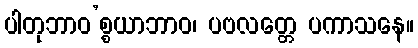
ပါတုဘာဝ’စ္စယာဘာဝ၊ ပဗလတ္တေ ပကာသနေ။